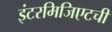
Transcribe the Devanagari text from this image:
इंटरमिजिएटची